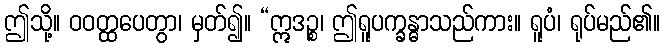
ဤသို့။ ဝဝတ္ထပေတွာ၊ မှတ်၍။ “ဣဒဉ္စ၊ ဤရူပက္ခန္ဓာသည်ကား။ ရူပံ၊ ရုပ်မည်၏။